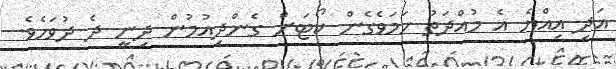
އަދި އިއްޔެ އެ މުއްދަތު ހަމަވެގެން ކޯޓަށް ގެންދިއުމުން ދިނީ ދެ ދުވަހެވެ.